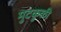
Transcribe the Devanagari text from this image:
मुटकुळी